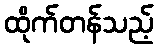
ထိုက်တန်သည့်